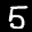
Label: 5